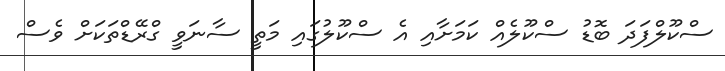
ސްކޫލްފަދަ ބޮޑު ސްކޫލެއް ކަމަށާއި އެ ސްކޫލުގައި މަތީ ސާނަވީ ގްރޭޑްތަކަށް ވެސް